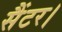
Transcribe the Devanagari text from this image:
सैंटर।